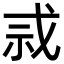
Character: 𫻫